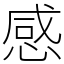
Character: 感